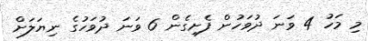
މި މަހު 4 ވަނަ ދުވަހުން ފެށިގެން 6 ވަނަ ދުވަހުގެ ނިޔަލަށް